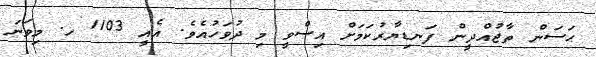
ޙަސަން ތާޖުއްދީން ފަނޑިޔާރުކަމަށް އިސްވީ މި ދުވަހުއެވެ. އެއީ 1103 ހ. މިވަނަ